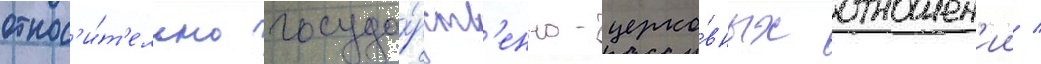
относ'и́т'ельно госуда́рств'енно-церко́вных отношен'ии /